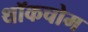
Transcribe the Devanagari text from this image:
थॉकचोम